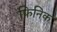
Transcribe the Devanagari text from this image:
फिनिक